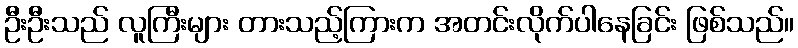
ဦးဦးသည် လူကြီးများ တားသည့်ကြားက အတင်းလိုက်ပါနေခြင်း ဖြစ်သည်။